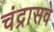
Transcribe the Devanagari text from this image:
चंद्रासवे